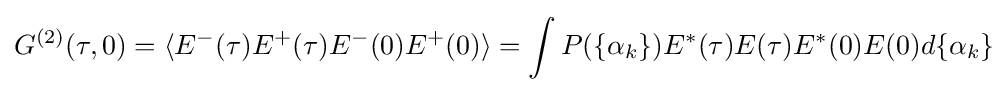
G^{(2)}(\tau ,0)=\langle E^{-}(\tau )E^{+}(\tau )E^{-}(0)E^{+}(0)\rangle =\int P(\{\alpha _{k}\})E^{*}(\tau )E(\tau )E^{*}(0)E(0)d\{\alpha _{k}\}